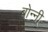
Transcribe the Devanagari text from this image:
बोन्‍नी